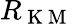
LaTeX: R_{\mathrm{~K~M~}}